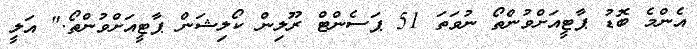
އެންމެ ބޮޑު ޕާޓީއަށްވުންތޯ ނުވަތަ 51 ޕަސެންޓް ރޫލިން ކޯލިޝަން ޕާޓީއަށްވުންތޯ." އަލީ